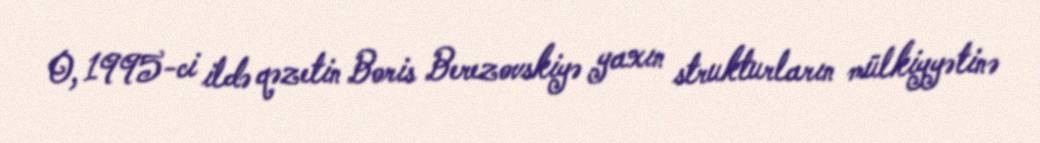
O, 1995-ci ildə qəzetin Boris Berezovskiyə yaxın strukturların mülkiyyətinə